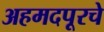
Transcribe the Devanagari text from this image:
अहमदपूरचे